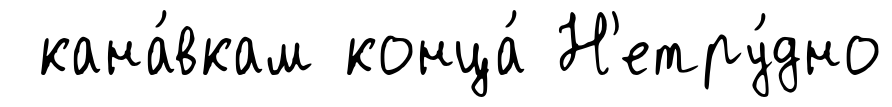
кана́вкам конца́ Н'етру́дно